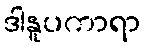
ဒါနူပကာရာ